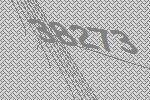
38273